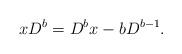
LaTeX: \begin{align*}xD^b = D^{b}x-bD^{b-1}.\end{align*}